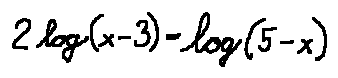
2 \log ( x - 3 ) = \log ( 5 - x )